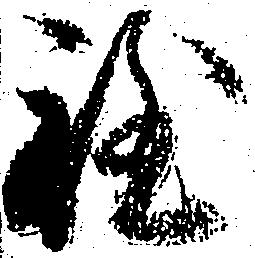
程